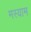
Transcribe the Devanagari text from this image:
मस्याम